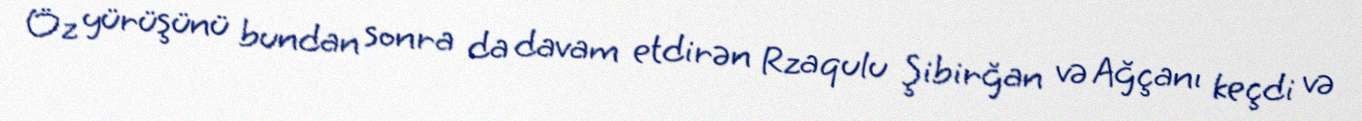
Öz yürüşünü bundan sonra da davam etdirən Rzaqulu Şibirğan və Ağçanı keçdi və